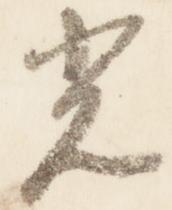
光